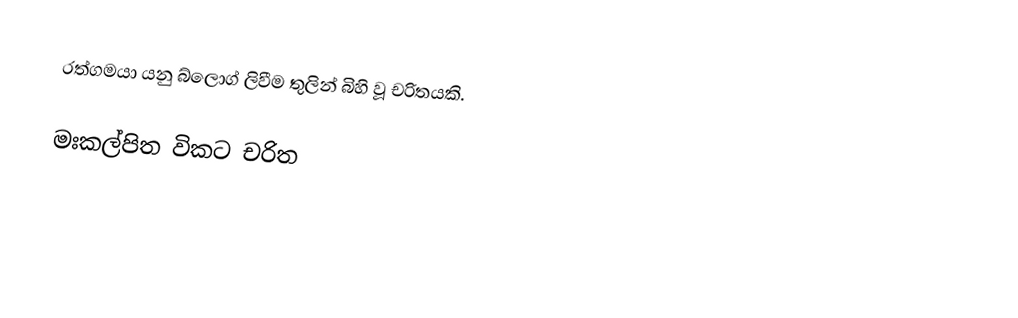
රත්ගමයා යනු බ්ලොග් ලිවීම තුලින් බිහි වූ චරිතයකි.

මඃකල්පිත විකට චරිත